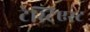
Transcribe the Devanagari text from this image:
टेस्टिएस्ट